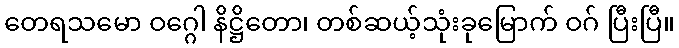
တေရသမော ဝဂ္ဂေါ နိဋ္ဌိတော၊ တစ်ဆယ့်သုံးခုမြောက် ဝဂ် ပြီးပြီ။